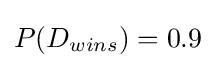
P(D_{wins})=0.9